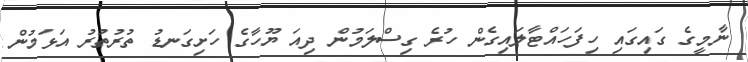
ނާމީގެ ގައިގައި ހިފަހައްޓާލައިގެން ހުރެ ގިސްލަމުން ދިއަ ޔޫހާގެ ހަށިގަނޑު ތުރުތުރު އަޅަމުން